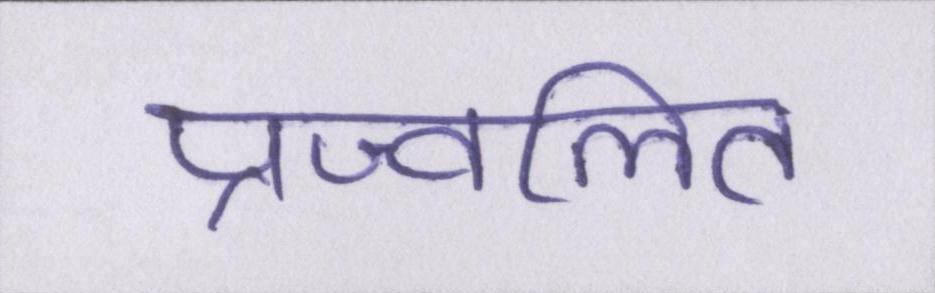
प्रज्वलित